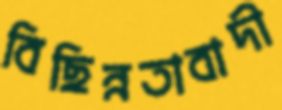
বিছিন্নতাবাদী